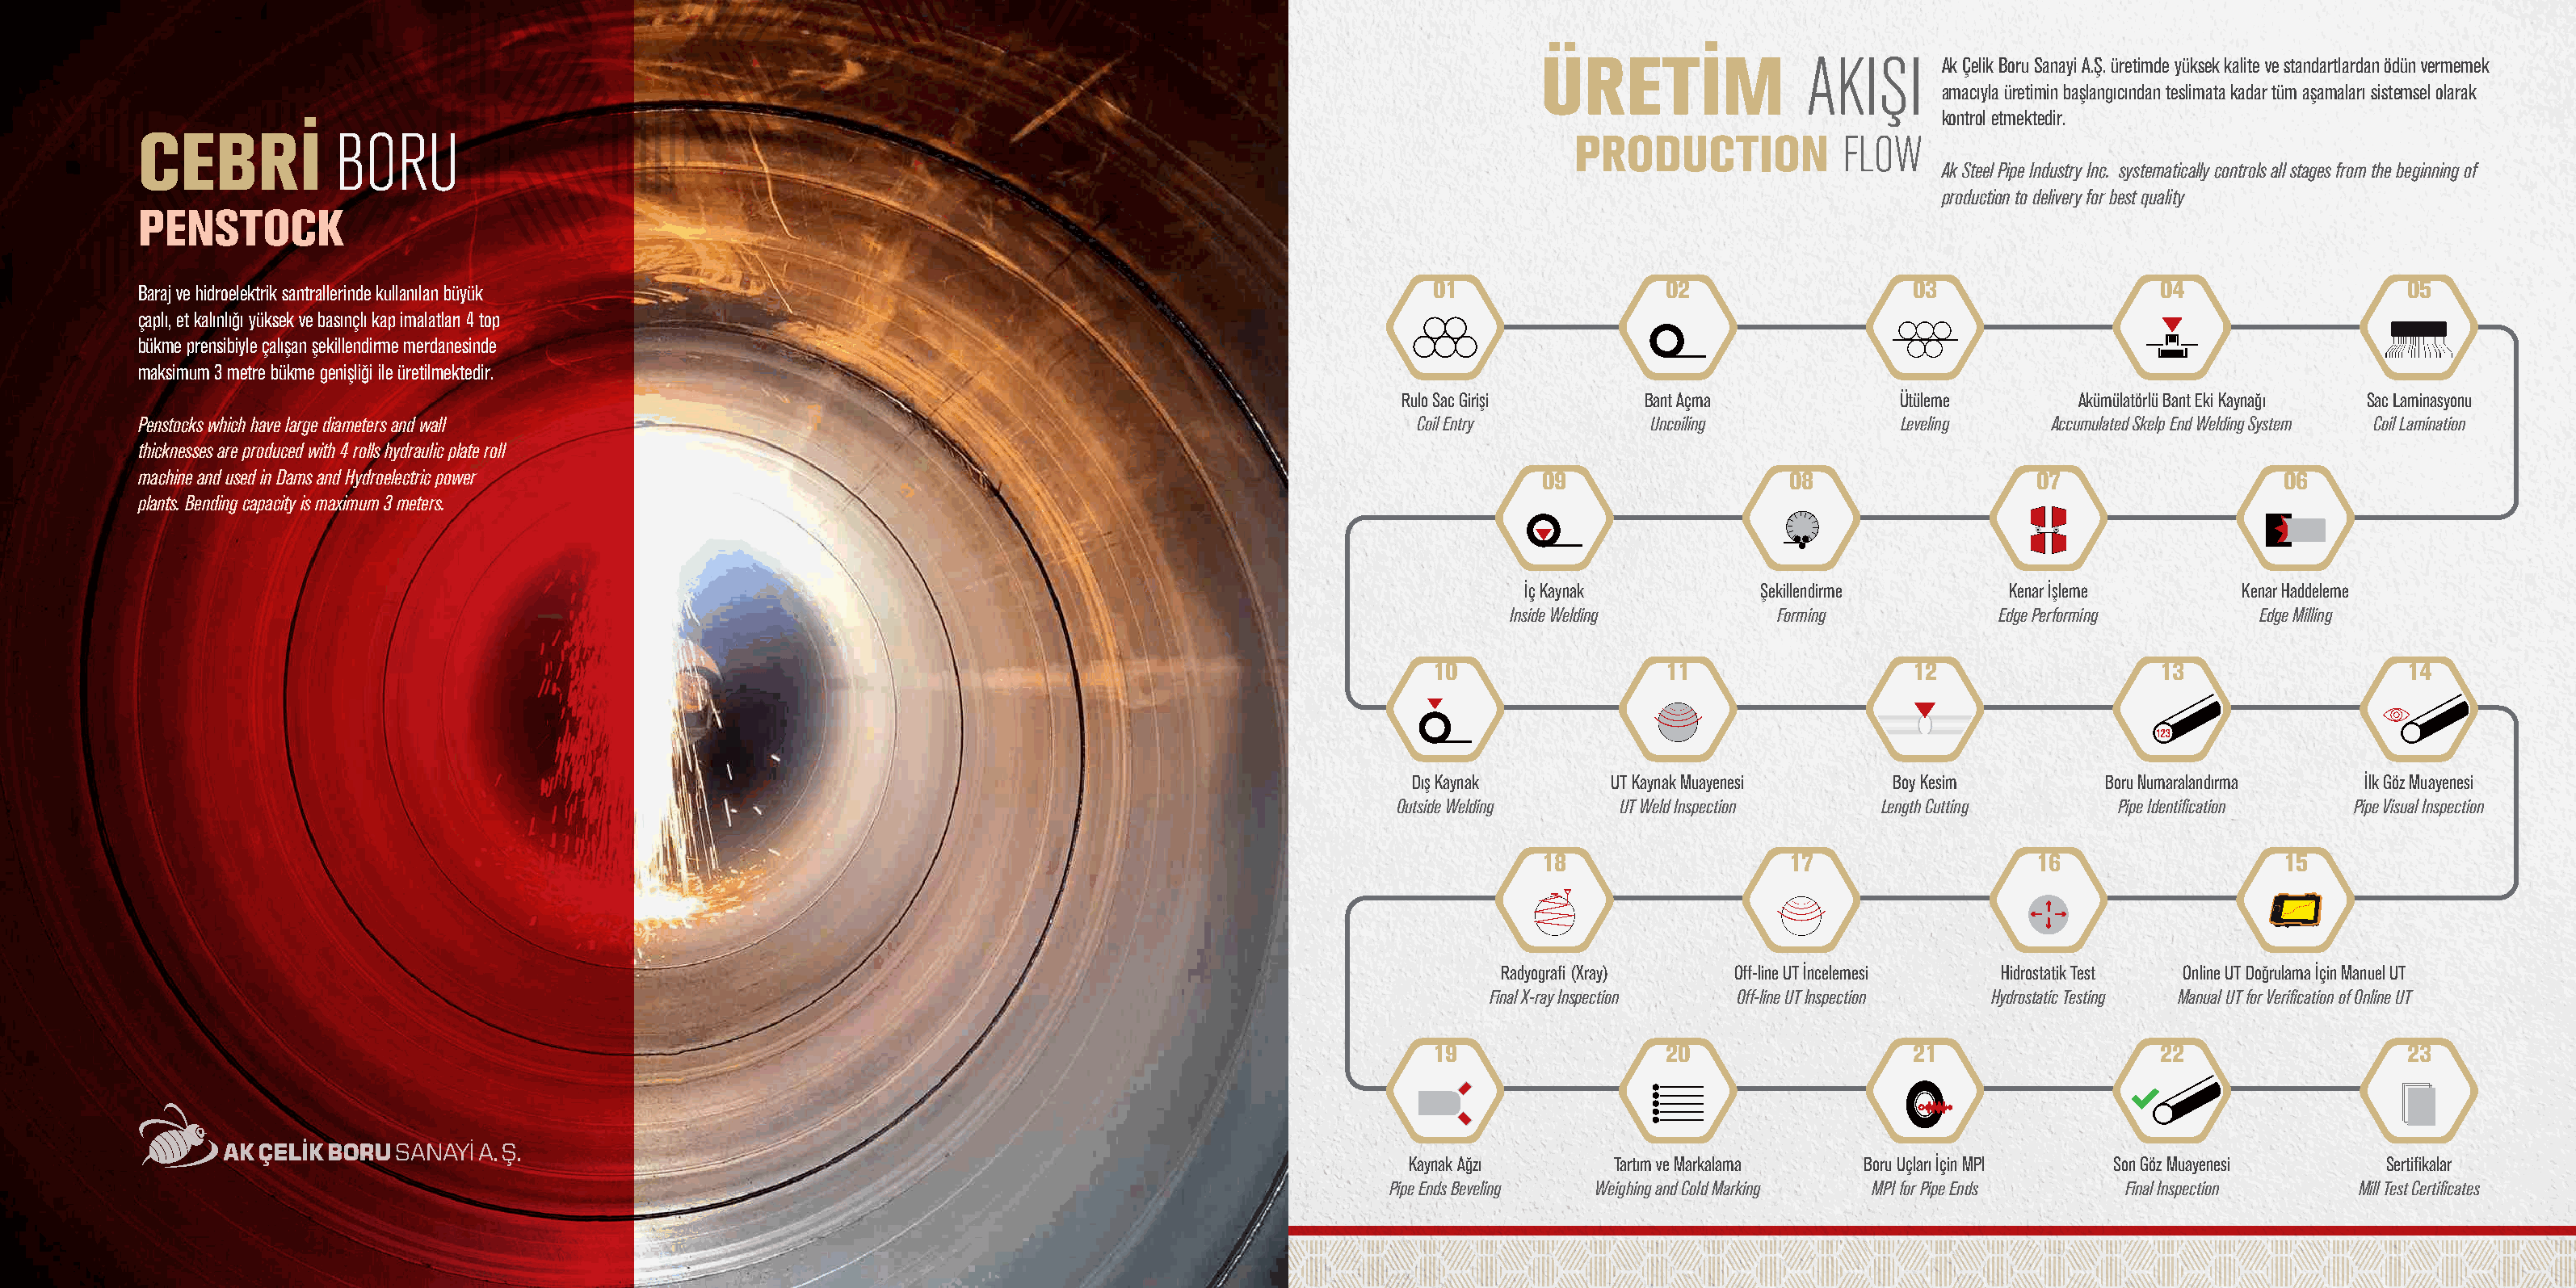
ÜRETİM                AKIŞI      Ak Çelik Boru Sanayi A.Ş. üretimde yüksek kalite ve standartlardan ödün vermemek
 amacıyla üretimin başlangıcından teslimata kadar tüm aşamaları sistemsel olarak
 kontrol etmektedir.
 CEBRİ           BORU                                                                                                  PRODUCTION            FLOW
 Ak Steel Pipe Industry Inc. systematically controls all stages from the beginning of
 production to delivery for best quality
 PENSTOCK
 Baraj ve hidroelektrik santrallerinde kullanılan büyük                                                    01                  02                  03                  04                  05
 çaplı, et kalınlığı yüksek ve basınçlı kap imalatları 4 top
 bükme prensibiyle çalışan şekillendirme merdanesinde
 maksimum 3 metre bükme genişliği ile üretilmektedir.
 Rulo Sac Girişi     Bant Açma            Ütüleme       Akümülatörlü Bant Eki Kaynağı Sac Laminasyonu
 Penstocks which have large diameters and wall                                                            Coil Entry         Uncoiling            Leveling    Accumulated Skelp End Welding System Coil Lamination
 thicknesses are produced with 4 rolls hydraulic plate roll
 machine and used in Dams and Hydroelectric power                                                                   09                   08                  07                  06
 plants. Bending capacity is maximum 3 meters.
 İç Kaynak          Şekillendirme        Kenar İşleme       Kenar Haddeleme
 Inside Welding        Forming           Edge Performing      Edge Milling
 10                  11                  12                  13                  14
 Dış Kaynak      UT Kaynak Muayenesi    Boy Kesim         Boru Numaralandırma  İlk Göz Muayenesi
 Outside Welding    UT Weld Inspection   Length Cutting      Pipe Identification Pipe Visual Inspection
 18                   17                  16                  15
 Radyografi (Xray)  Off-line UT İncelemesi Hidrostatik Test Online UT Doğrulama İçin Manuel UT
 Final X-ray Inspection Off-line UT Inspection Hydrostatic Testing Manual UT for Verification of Online UT
 19                  20                  21                  22                  23
 Kaynak Ağzı      Tartım ve Markalama  Boru Uçları İçin MPI Son Göz Muayenesi     Sertifikalar
 Pipe Ends Beveling Weighing and Cold Marking MPI for Pipe Ends Final Inspection Mill Test Certificates